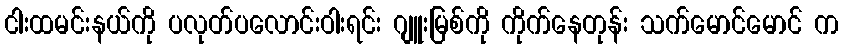
ငါးထမင်းနယ်ကို ပလုတ်ပလောင်းဝါးရင်း ဂျူးမြစ်ကို ကိုက်နေတုန်း သက်မောင်မောင် က